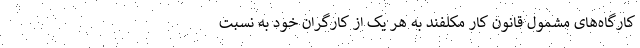
کارگاه‌های مشمول قانون کار مکلفند به هر یک از کارگران خود به نسبت